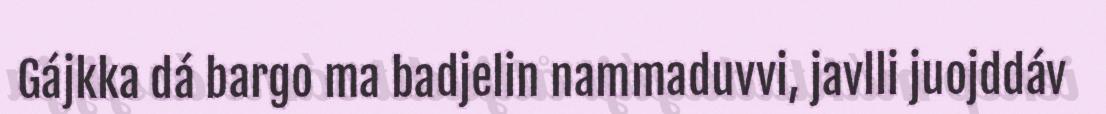
Gájkka dá bargo ma badjelin nammaduvvi, javlli juojddáv